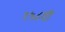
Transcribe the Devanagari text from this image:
१५८वीं